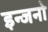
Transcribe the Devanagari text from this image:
इन्जनो